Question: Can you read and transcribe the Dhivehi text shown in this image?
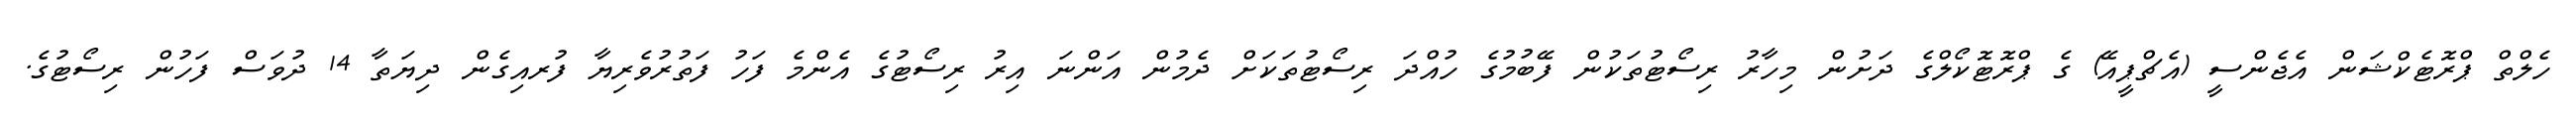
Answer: ހެލްތް ޕްރޮޓެކްޝަން އެޖެންސީ (އެޗްޕީއޭ) ގެ ޕްރޮޓޮކޯލްގެ ދަށުން މިހާރު ރިސޯޓުތަކުން ފޭބުމުގެ ހުއްދަ ރިސޯޓުތަކަށް ދެމުން އަންނަ އިރު ރިސޯޓުގެ އެންމެ ފަހު ފަތުރުވެރިޔާ ފުރއިގެން ދިޔަތާ 14 ދުވަސް ފަހުން ރިސޯޓުގެ.